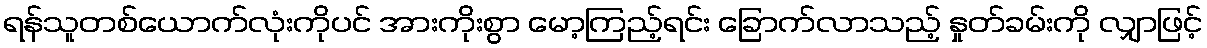
ရန်သူတစ်ယောက်လုံးကိုပင် အားကိုးစွာ မော့ကြည့်ရင်း ခြောက်လာသည့် နှုတ်ခမ်းကို လျှာဖြင့်